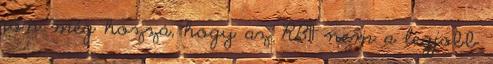
jön még hozzá, hogy az RB11 nem a legjobb